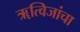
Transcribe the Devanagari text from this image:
ॠत्विजांचा